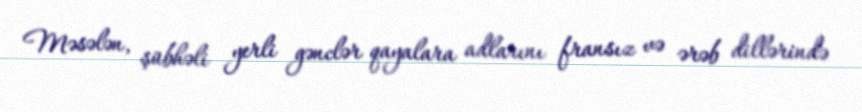
Məsələn, şübhəli yerli gənclər qayalara adlarını fransız və ərəb dillərində